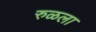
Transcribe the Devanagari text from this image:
रुळला